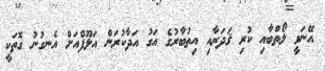
އޭނަވީ ލޯތްބާއި ކުރި ޤަދަރާއި އިތުބާރުގެ އަގު އަދާކުރަން އަލޫފްއަށް އެނގުނު ގޮތަކީ